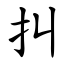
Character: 㧃